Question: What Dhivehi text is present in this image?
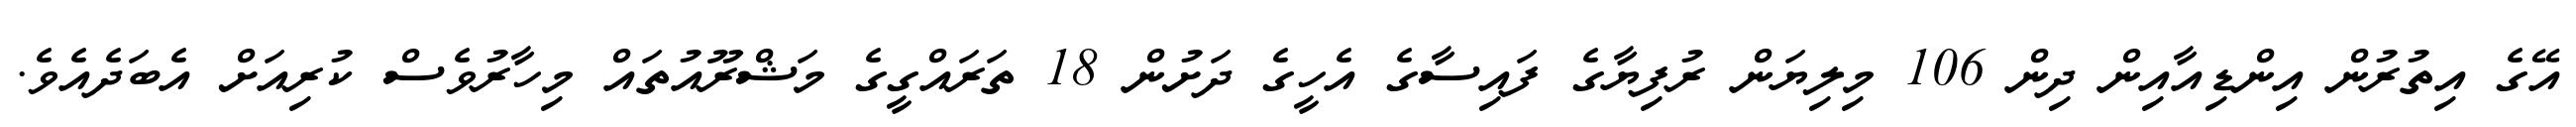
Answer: އޭގެ އިތުރުން އިންޑިއާއިން ދިން 106 މިލިޔަން ރުފިޔާގެ ފައިސާގެ އެހީގެ ދަށުން 18 ތަރައްގީގެ މަޝްރޫއުތައް މިހާރުވެސް ކުރިއަށް އެބަދެއެވެ.